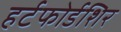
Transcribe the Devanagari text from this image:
हर्टफोर्डशिर